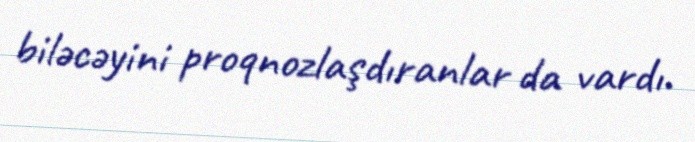
biləcəyini proqnozlaşdıranlar da vardı.